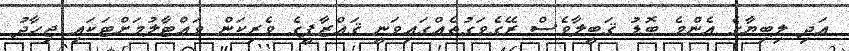
އަދި ލިބިޔާގެ އެންމެ ބޮޑު ޤަބީލާވެސް ރޭގެވަގުތެއްގައިވަނީ ޤައްޒާފީގެ ވެރިކަން ވައްޓާލުމަށްޓަކައި ޖިހާދު